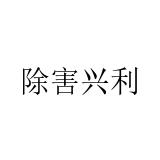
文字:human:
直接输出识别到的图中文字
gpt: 除害兴利